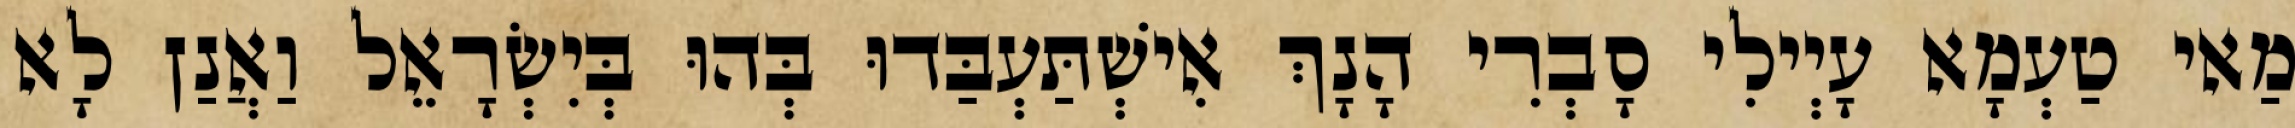
מַאי טַעְמָא עָיְילִי סָבְרִי הָנָךְ אִישְׁתַּעְבַּדוּ בְּהוּ בְּיִשְׂרָאֵל וַאֲנַן לָא